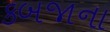
કબજાના